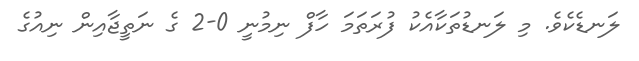
ލަނޑެކެވެ. މި ލަނޑުތަކާއެކު ފުރަތަމަ ހާފް ނިމުނީ 0-2 ގެ ނަތީޖާއިން ނިއުގެ